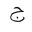
Letter: _gim